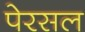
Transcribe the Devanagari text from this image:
पेरसल